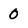
Character: 0